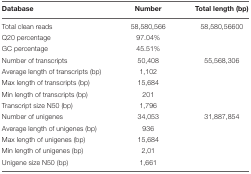
| Database | Number | Total length (bp) |
 | --- | --- | --- |
 | Total clean reads | 58,580,566 | 58,580,56600 |
 | Q20 percentage | 97.04% |  |
 | GC percentage | 45.51% |  |
 | Number of transcripts | 50,408 | 55,568,306 |
 | Average length of transcripts (bp) | 1,102 |  |
 | Max length of transcripts (bp) | 15,684 |  |
 | Min length of transcripts (bp) | 201 |  |
 | Transcript size N50 (bp) | 1,796 |  |
 | Number of unigenes | 34,053 | 31,887,854 |
 | Average length of unigenes (bp) | 936 |  |
 | Max length of unigenes (bp) | 15,684 |  |
 | Min length of unigenes (bp) | 2,01 |  |
 | Unigene size N50 (bp) | 1,661 |  |